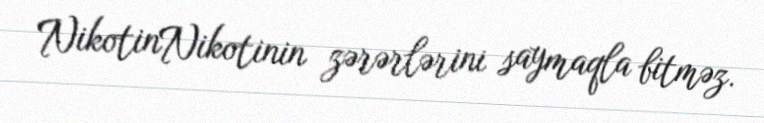
NikotinNikotinin zərərlərini saymaqla bitməz.